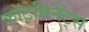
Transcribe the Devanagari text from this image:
कोंटेमिनेंट्स